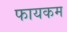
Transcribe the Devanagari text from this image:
फायकम